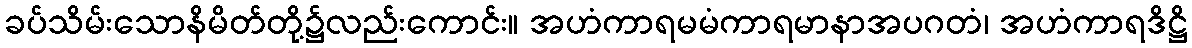
ခပ်သိမ်းသောနိမိတ်တို့၌လည်းကောင်း။ အဟံကာရမမံကာရမာနာအပဂတံ၊ အဟံကာရဒိဋ္ဌိ